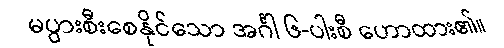
မပွားစီးစေနိုင်သော အင်္ဂါ ၆-ပါးစီ ဟောထား၏။